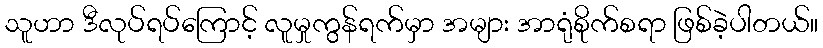
သူဟာ ဒီလုပ်ရပ်ကြောင့် လူမှုကွန်ရက်မှာ အများ အာရုံစိုက်စရာ ဖြစ်ခဲ့ပါတယ်။